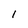
Character: 1